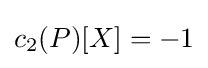
c_{2}(P)[X]=-1